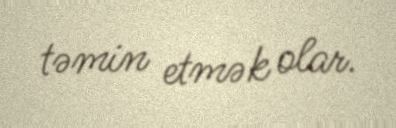
təmin etmək olar.